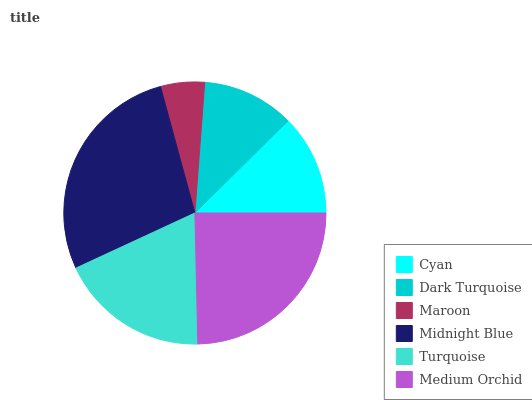
| Cyan | Dark Turquoise | Maroon | Midnight Blue | Turquoise | Medium Orchid |
 | --- | --- | --- | --- | --- | --- |
 | 12.4% | 11.4% | 5.42% | 27.7% | 18.5% | 24.7% |